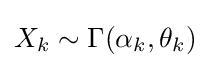
X_{k}\sim \Gamma (\alpha _{k},\theta _{k})